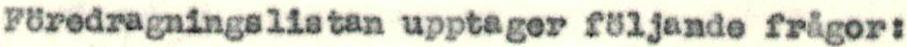
Föredragningslistan upptager följande frågor: